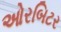
ઓરબિટર